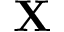
\mathbf { X }